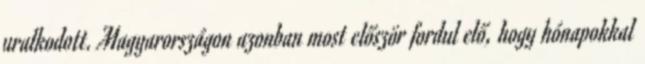
uralkodott. Magyarországon azonban most először fordul elő, hogy hónapokkal